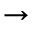
\rightarrow